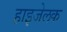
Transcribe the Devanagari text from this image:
हाइजेलक